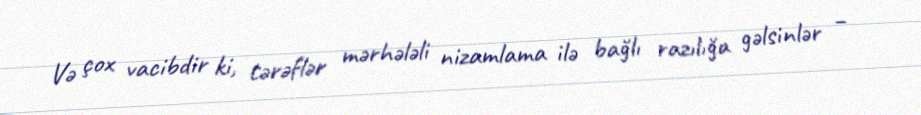
Və çox vacibdir ki, tərəflər mərhələli nizamlama ilə bağlı razılığa gəlsinlər –